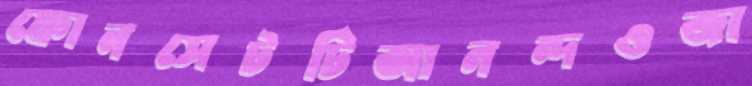
ফোনসেটটিআনন্দওজা